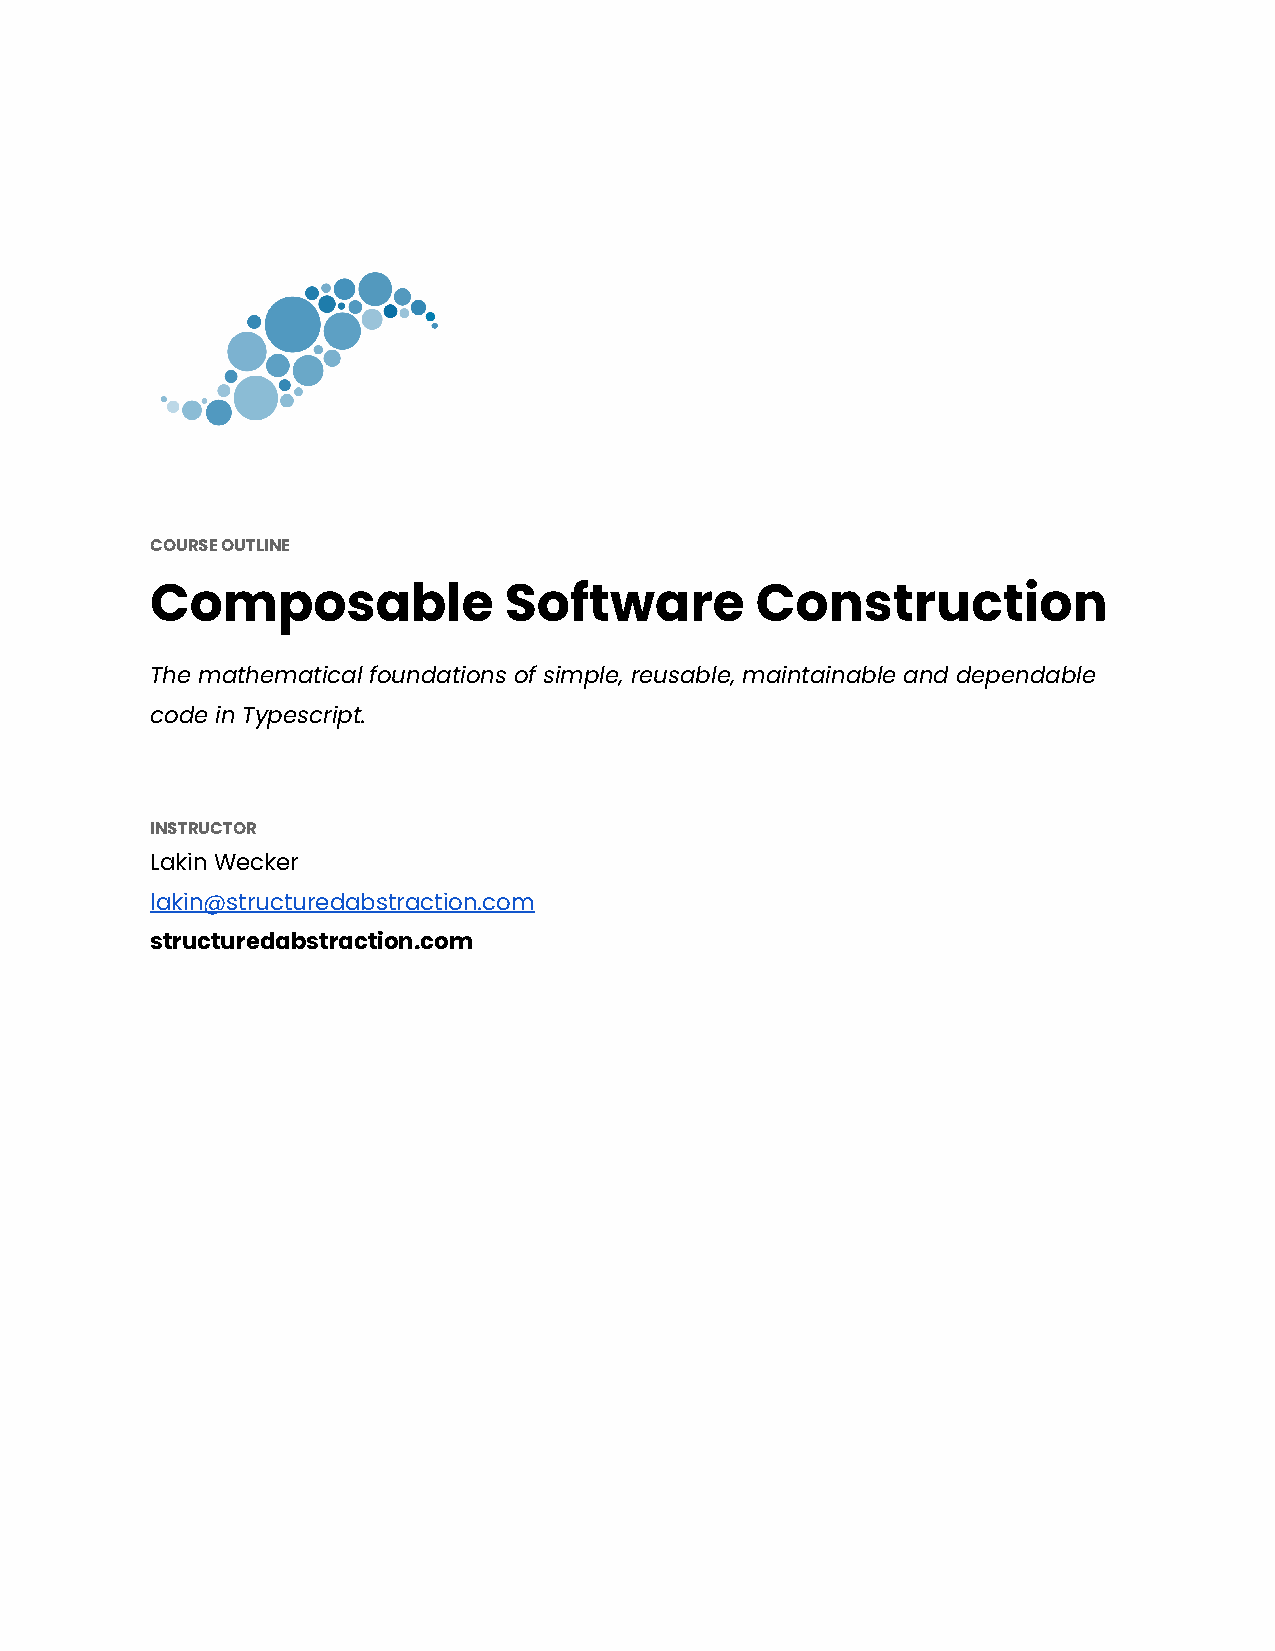
COURSE OUTLINE
 Composable             Software         Construction
 The mathematical foundations of simple, reusable, maintainable and dependable
 code in Typescript.
 INSTRUCTOR
 Lakin Wecker
 lakin@structuredabstraction.com
 structuredabstraction.com